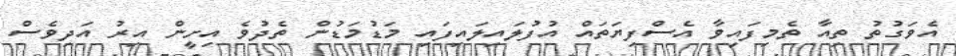
އެވަގުތު ތިއާ ތެމިފައިވާ އެސްފިޔަތައް އުފުލައިލައިފައި މަޑުމަޑުން ތެދުވެ އިށީން އިރު އަދިވެސް